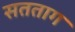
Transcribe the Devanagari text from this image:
सतताग